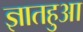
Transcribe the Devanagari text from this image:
ज्ञातहुआ